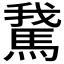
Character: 𩣨